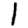
Digit: 1